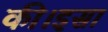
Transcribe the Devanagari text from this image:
की।इसा